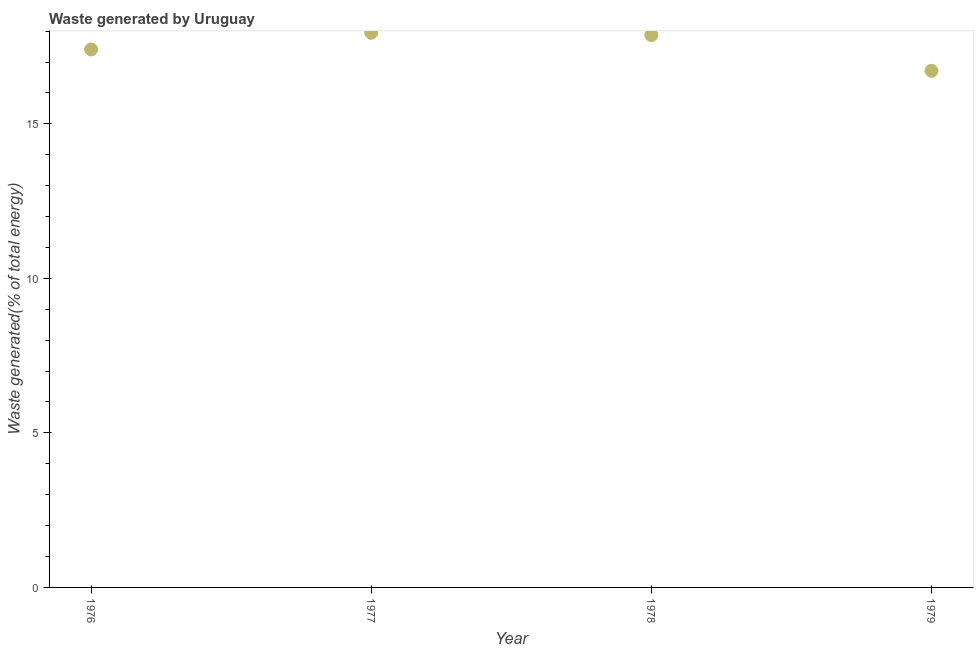
| Year | Combustible renewables and waste (% of total energy) |
 | --- | --- |
 | 1976 | 17.4 |
 | 1977 | 17.9 |
 | 1978 | 17.9 |
 | 1979 | 16.7 |